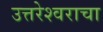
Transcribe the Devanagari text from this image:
उत्तरेश्वराचा